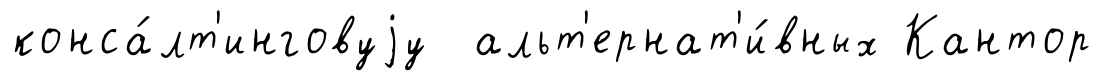
конса́лт'инговуjу альт'ернат'и́вных Кантор